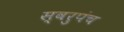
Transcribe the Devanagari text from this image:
स्वरुपंच